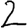
Digit: 2